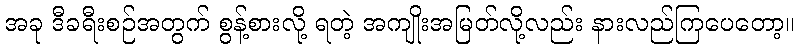
အခု ဒီခရီးစဉ်အတွက် စွန့်စားလို့ ရတဲ့ အကျိုးအမြတ်လို့လည်း နားလည်ကြပေတော့။